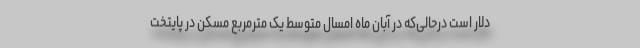
دلار است درحالی‌که در آبان ماه امسال متوسط یک مترمربع مسکن در پایتخت